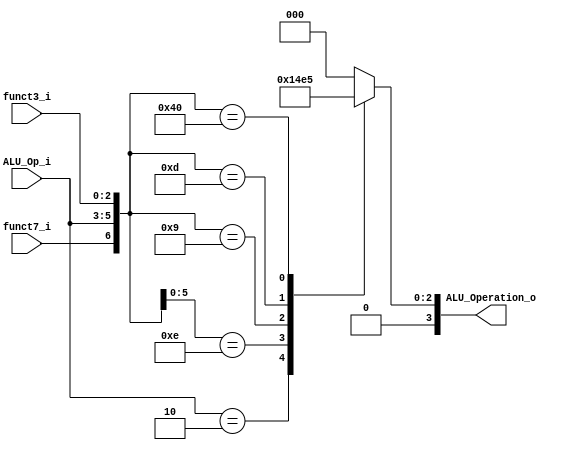
/******************************************************************
* Description
*	This is the control unit for the ALU. It receves a signal called 
*	ALUOp from the control unit and signals called funct7 and funct3  from
*	the instruction bus.
* Version:
*	1.0
* Author:
*	Dr. Jos Luis Pizano Escalante
* email:
*	luispizano@iteso.mx
* Date:
*	16/08/2021
*
* Modified by:
*	IS727550 - Diaz Aguayo; IS727272 - Cordero Hernandez
******************************************************************/

module ALU_Control
(
	input funct7_i, 
	input [2:0] ALU_Op_i,
	input [2:0] funct3_i,
	

	output [3:0] ALU_Operation_o
);


localparam R_Type_ADD 		= 7'b0_000_000; // Funct7: 0, Control: R_Type[2:0], Funct3: 0 
localparam I_Type_ADDI 		= 7'bx_001_000; // Funct7: -, Control: I_Type[2:0], Funct3: 0
localparam U_Type_LUI		= 7'bx_010_xxx; // Funct7: -, Control: U_Type[2:0], Funct3: -
localparam I_Type_ORI		= 7'bx_001_110; // Funct7: -, Control: I_Type[2:0], Funct3: 6
localparam I_Type_SLLI		= 7'b0_001_001; // Funct7: 0, Control: I_Type[2:0], Funct3: 1
localparam I_Type_SRLI		= 7'b0_001_101; // Funct7: 0, Control: I_Type[2:0], Funct3: 5
localparam R_Type_SUB		= 7'b1_000_000; // Funct7: 2, Control: R_Type[2:0], Funct3: 0

reg [3:0] alu_control_values;
wire [6:0] selector;

assign selector = {funct7_i, ALU_Op_i, funct3_i};

/* Instrucciones a implementar
		add, addi		0 - 4'b0000
		sub				5 - 4'b0101
		and				?
		andi				?
		or					?
		ori				2 - 4'b0010
		xor				?
		xori				?
		lui				1 - 4'b0001
		srl				?
		srli				4 - 4'b1000
		sll				?
		slli				3 - 4'b0011
		lw					?
		sw					?
		beq				?
		bne				?
		blt				?
		bge				?
		jal				?
		jalr				?
*/

always@(selector)begin
	casex(selector)
		R_Type_ADD:			alu_control_values	=	4'b0000;
		I_Type_ADDI:		alu_control_values	=	4'b0000;
		U_Type_LUI:			alu_control_values	=	4'b0001;
		I_Type_ORI:			alu_control_values	=	4'b0010;
		I_Type_SLLI:		alu_control_values	=	4'b0011;
		I_Type_SRLI:		alu_control_values	=	4'b0100;
		R_Type_SUB:			alu_control_values	=	4'b0101;

		default: alu_control_values = 4'b00_00;
	endcase
end


assign ALU_Operation_o = alu_control_values;



endmodule